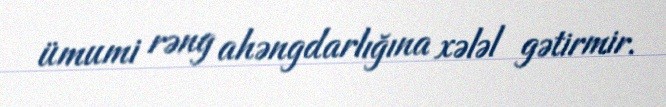
ümumi rəng ahəngdarlığına xələl gətirmir.